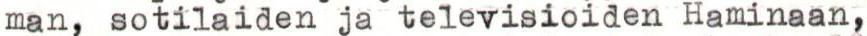
man, sotilaiden ja televisioiden Haminaan,